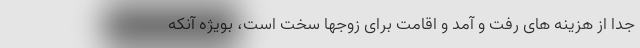
جدا از هزینه های رفت و آمد و اقامت برای زوجها سخت است، بویژه آنکه